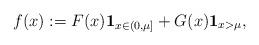
LaTeX: \begin{align*} f(x):= F(x) \mathbf{1}_{x\in (0,\mu]} + G(x)\mathbf{1}_{x>\mu} ,\end{align*}